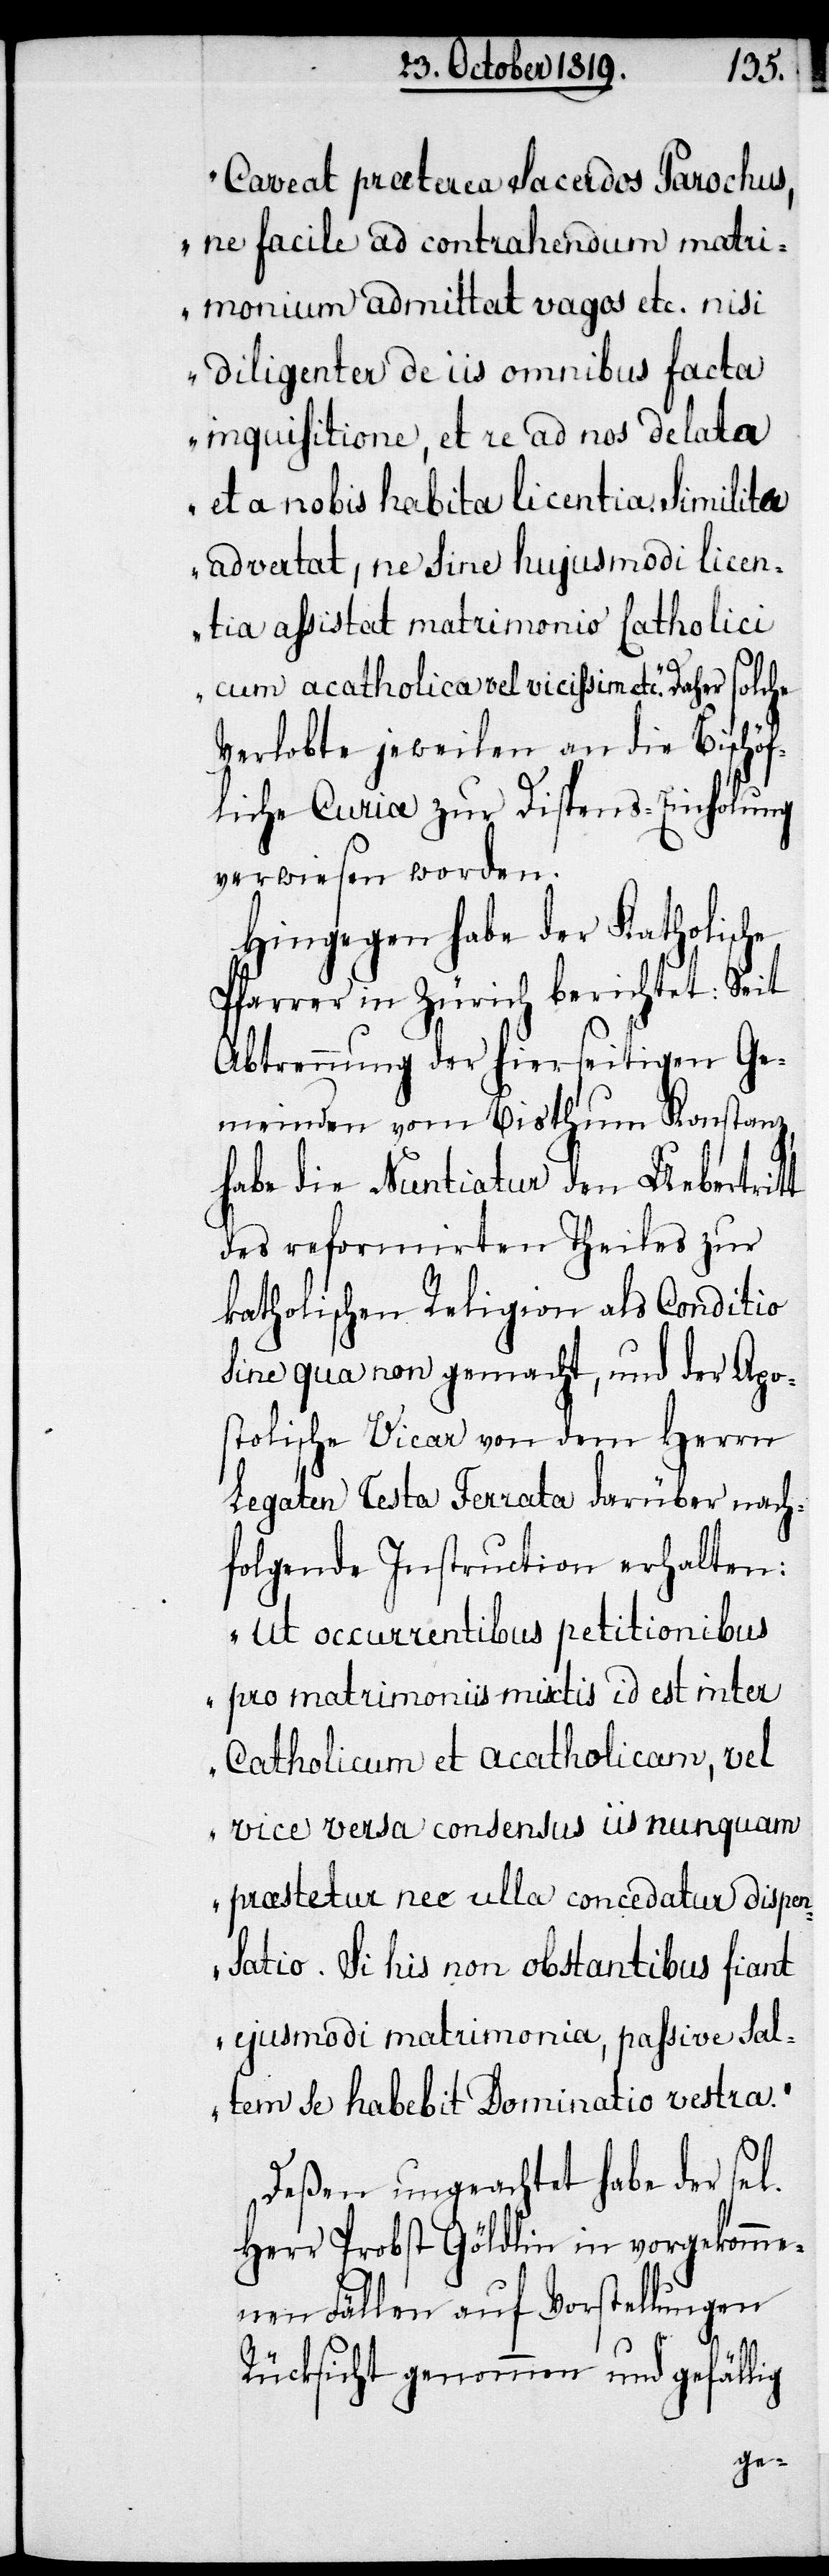
„Caveat præterea Sacerdos Parochus,
ne facile ad contrahendum matri¬
monium admittat vagos etc. nisi
diligenter de iis omnibus facta
inquisitione, et re ad nos delata
et a nobis habita licentia. Similita
advertat, ne sine hujusmodi licen¬
tia assistat matrimonio Catholici
cum acatholica vel vicissim etc.“ Daher solche
Verlobte jeweilen an die Bischöf¬
liche Curiæ zur Dispens-Einholung
verwiesen worden.
Hingegen habe der katholische
Pfarrer in Zürich berichtet: Seit
Abtrennung der hierseitigen Ge¬
meinden vom Bisthum Konstanz,
habe die Nuntiatur den Uebertritt
des reformirten Theils zur
katholischen Religion als Conditio
sine qua non gemacht, und der Apo¬
stolische Vicar von dem Herrn
Legaten Testa Ferrata darüber nach¬
folgende Instruction erhalten:
„Ut occurrentibus petitionibus
pro matrimoniis mixtis id est inter
Catholicum et acatholicam, vel
vice versa consensus iis nunquam
præstetur nec ulla concedatur dispen¬
satio. Si his non obstantibus fiant
ejusmodi matrimonia, passive sal¬
tem se habebit Dominatio vestra.“
Deßen ungeachtet habe der sel.
Herr Probst Göldlin in vorgekomme¬
nen Fällen auf Vorstellungen
Rücksicht genommen und gefällig